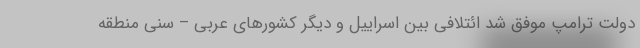
دولت ترامپ موفق شد ائتلافی بین اسراییل و دیگر کشورهای عربی – سنی منطقه